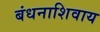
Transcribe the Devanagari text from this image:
बंधनाशिवाय